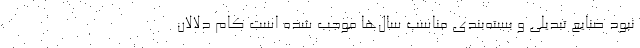
نبود صنایع تبدیلی و بسته‌بندی مناسب سال‌ها موجب شده است کام دلالان